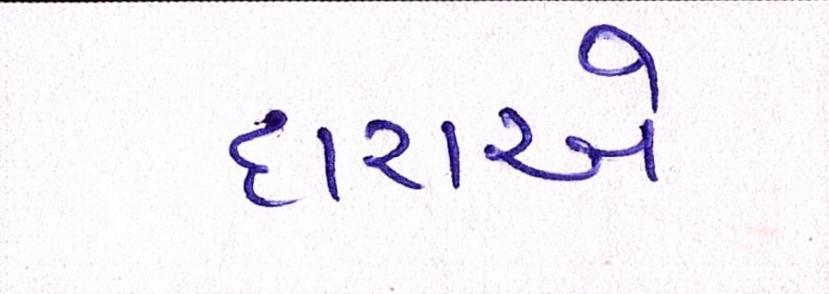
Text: દારાએ